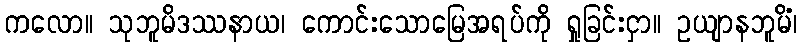
ကလော။ သုဘူမိဒဿနာယ၊ ကောင်းသောမြေအရပ်ကို ရှုခြင်းငှာ။ ဥယျာနဘူမိံ၊